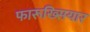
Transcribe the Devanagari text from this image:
फारूख्सियार